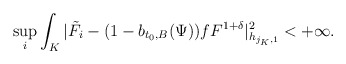
\begin{align*}\sup\limits_i\int_K|\tilde{F}_i-(1-b_{t_0,B}(\Psi))fF^{1+\delta}|^2_{h_{j_K,1}}<+\infty.\end{align*}